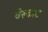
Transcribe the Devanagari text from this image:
चेरुकाट